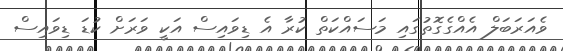
ވެއަރަބަލް އެއްގެގޮތުގައި މަސައްކަތް ކުރާ އެ ޑިވައިސް އަކީ ވަރަށް ކުޑަ ޑިވައިސް